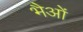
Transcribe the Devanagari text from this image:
भैओं